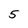
Character: 5